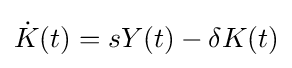
{\dot {K}}(t)=sY(t)-\delta K(t)